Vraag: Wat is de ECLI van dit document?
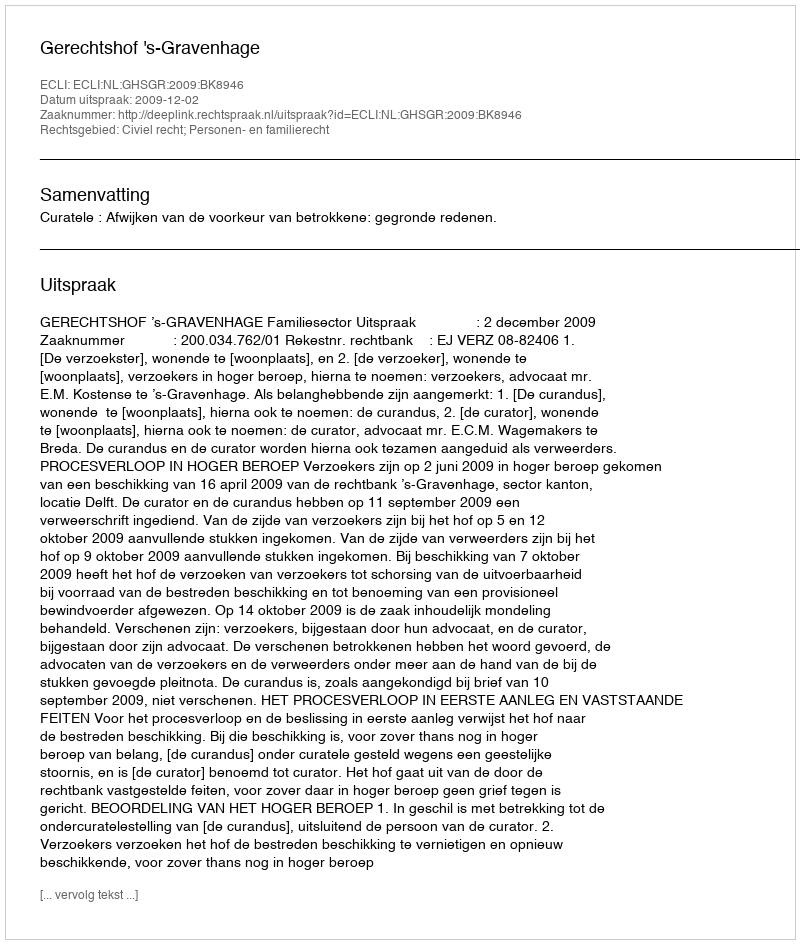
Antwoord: ECLI:NL:GHSGR:2009:BK8946